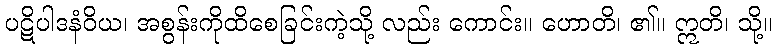
ပဋိပါဒနံဝိယ၊ အစွန်းကိုထိစေခြင်းကဲ့သို့ လည်း ကောင်း။ ဟောတိ၊ ၏။ ဣတိ၊ သို့။